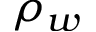
\rho _ { w }